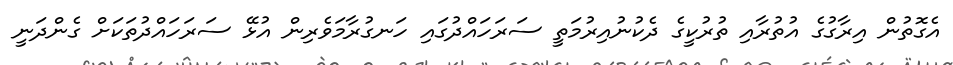
އެގޮތުން އިރާގުގެ އުތުރާއި ތުރުކީގެ ދެކުނުއިރުމަތީ ސަރަހައްދުގައި ހަނގުރާމަވެރިން އުޅޭ ސަރަހައްދުތަކަށް ގެންދަނީ